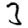
Digit: 3